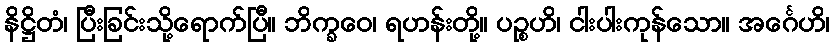
နိဋ္ဌိတံ၊ ပြီးခြင်းသို့ရောက်ပြီ။ ဘိက္ခဝေ၊ ရဟန်းတို့။ ပဉ္စဟိ၊ ငါးပါးကုန်သော။ အင်္ဂေဟိ၊